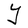
Character: Y